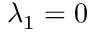
\lambda _ { 1 } = 0